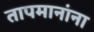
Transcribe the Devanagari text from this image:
तापमानांना